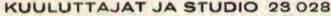
KUULUTTAJAT JA STUDIO 23 028